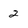
Character: 2